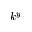
k ^ { y }